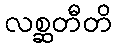
လစ္ဆတီတိ